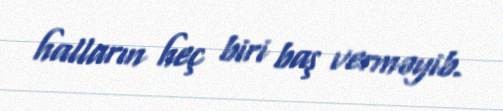
halların heç biri baş verməyib.